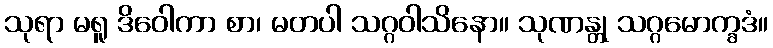
သုရာ မရူ ဒိဝေါကာ စာ၊ မတပါ သဂ္ဂဝါသိနော။ သုဏန္တု သဂ္ဂမောက္ခဒံ။